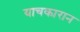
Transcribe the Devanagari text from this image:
याचकारान